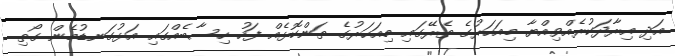
އަދި އިރާދަކުރެއްވިއްޔާ މިއަހަރުގެ ތެރޭގައި މިއަހަރުގެ ތަންކޮޅެއް ފަހު ހިސާބެއްގައި އަޅުގަނޑުމެން ގޯތި